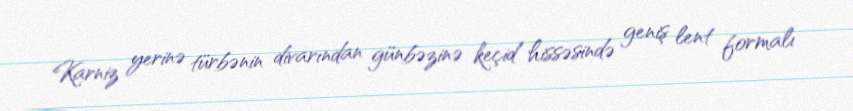
Karniz yerinə türbənin divarından günbəzinə keçid hissəsində geniş lent formalı